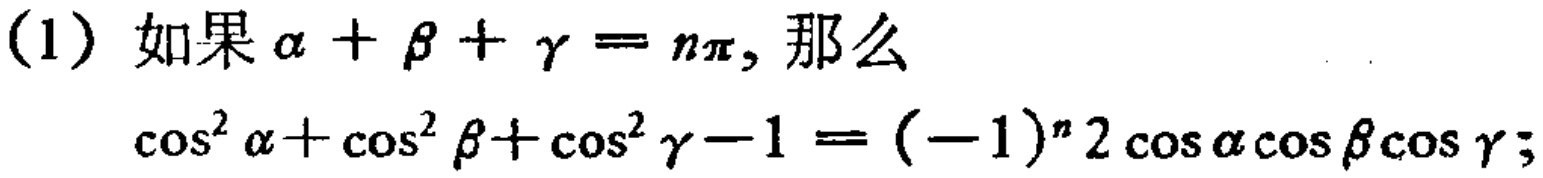
(1) 如果\(\alpha + \beta + \gamma = n\pi\), 那么

\(\cos^{2}\alpha+\cos^{2}\beta+\cos^{2}\gamma - 1 = (-1)^{n}2\cos\alpha\cos\beta\cos\gamma\);